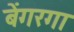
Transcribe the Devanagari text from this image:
बेंगरगा